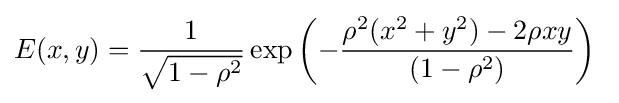
E(x,y)={\frac {1}{\sqrt {1-\rho ^{2}}}}\exp \left(-{\frac {\rho ^{2}(x^{2}+y^{2})-2\rho xy}{(1-\rho ^{2})}}\right)~